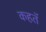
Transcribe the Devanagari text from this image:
कहतॅ